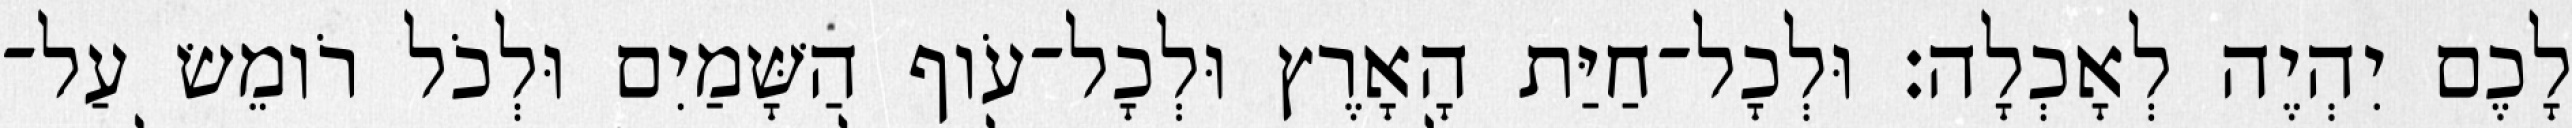
לָכֶם יִהְיֶה לְאָכְלָה׃ וּלְכָל־חַיַּת הָאָרֶץ וּלְכָל־עֹוף הַשָּׁמַיִם וּלְכֹל רֹומֵשׂ עַל־